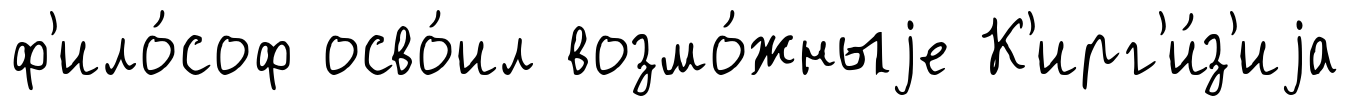
ф'ило́соф осво́ил возмо́жныjе К'ирг'и́з'иjа